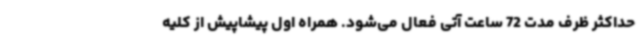
حداکثر ظرف مدت 72 ساعت آتی فعال می‌شود. همراه اول پیشاپیش از کلیه